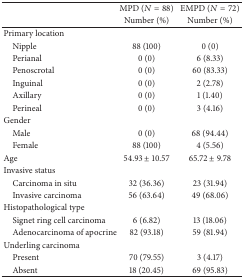
|  | MPD (N = 88) | EMPD (N = 72) |
 |  | Number (%) | Number (%) |
 | --- | --- | --- |
 | Primary location |  |  |
 | Nipple | 88 (100) | 0 (0) |
 | Perianal | 0 (0) | 6 (8.33) |
 | Penoscrotal | 0 (0) | 60 (83.33) |
 | Inguinal | 0 (0) | 2 (2.78) |
 | Axillary | 0 (0) | 1 (1.40) |
 | Perineal | 0 (0) | 3 (4.16) |
 | Gender |  |  |
 | Male | 0 (0) | 68 (94.44) |
 | Female | 88 (100) | 4 (5.56) |
 | Age | 54.93 ± 10.57 | 65.72 ± 9.78 |
 | Invasive status |  |  |
 | Carcinoma in situ | 32 (36.36) | 23 (31.94) |
 | Invasive carcinoma | 56 (63.64) | 49 (68.06) |
 | Histopathological type |  |  |
 | Signet ring cell carcinoma | 6 (6.82) | 13 (18.06) |
 | Adenocarcinoma of apocrine | 82 (93.18) | 59 (81.94) |
 | Underling carcinoma |  |  |
 | Present | 70 (79.55) | 3 (4.17) |
 | Absent | 18 (20.45) | 69 (95.83) |